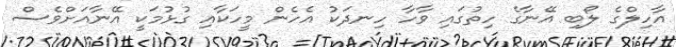
އާހިލްގެ ލޯބި އޭނާގެ ހިތުގައި ވާހާ ހިނދަކު އެހެން މީހަކާއި ގުޅުމަކީ އޭނާއަށްވެސް